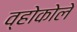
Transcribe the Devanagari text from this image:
व्होकोले